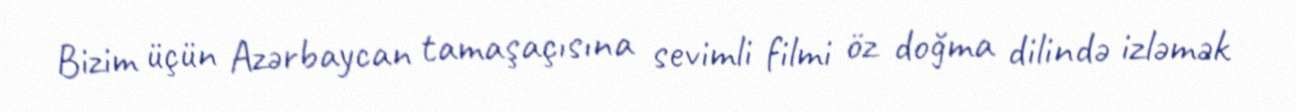
Bizim üçün Azərbaycan tamaşaçısına sevimli filmi öz doğma dilində izləmək